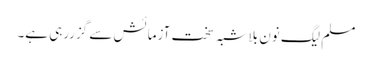
مسلم لیگ نون بلاشبہ سخت آزمائش سے گزررہی ہے۔